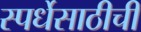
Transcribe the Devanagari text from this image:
स्पर्धेसाठीची